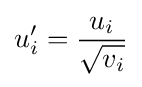
u_{i}'={\frac {u_{i}}{\sqrt {v_{i}{\vphantom {t}}}}}